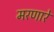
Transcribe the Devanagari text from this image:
मरणारे